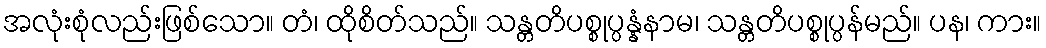
အလုံးစုံလည်းဖြစ်သော။ တံ၊ ထိုစိတ်သည်။ သန္တတိပစ္စုပ္ပန္နံနာမ၊ သန္တတိပစ္စုပ္ပန်မည်။ ပန၊ ကား။